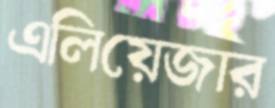
এলিয়েজার